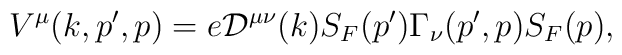
V^{\mu}(k, p', p)=e {\cal D}^{\mu\nu}(k)S_F(p')\Gamma_{\nu}(p', p)S_F(p),